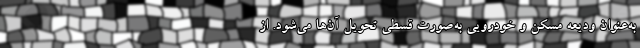
به‌عنوان ودیعه مسکن و خودرویی به‌صورت قسطی تحویل آن‌ها می‌شود. از